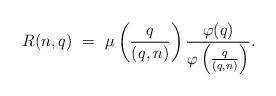
LaTeX: \begin{align*} R(n, q)\ = \ \mu \left(\frac{q}{(q, n)} \right) \frac{\varphi(q)}{\varphi\left(\frac{q}{(q, n)} \right)}.\end{align*}